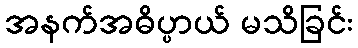
အနက်အဓိပ္ပာယ် မသိခြင်း